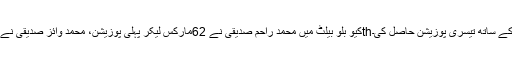
5thکیو بلو بیلٹ میں محمد راحم صدیقی نے 62مارکس لیکر پہلی پوزیشن، محمد وائز صدیقی نے 60مارکس لیکر دوسری پوزیشن جبکہ 6thکیو گرین بیلٹ میںمحمدارشاد نے 56مارکس کے ساتھ تیسری پوزیشن حاصل کی۔